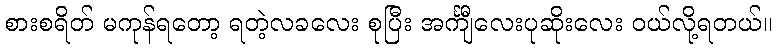
စားစရိတ် မကုန်ရတော့ ရတဲ့လခလေး စုပြီး အင်္ကျီလေးပုဆိုးလေး ဝယ်လို့ရတယ်။